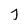
Character: j